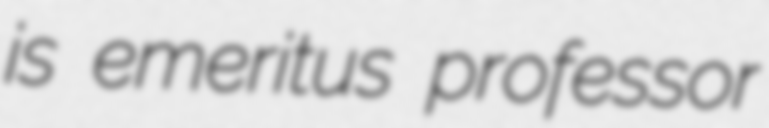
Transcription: is emeritus professor